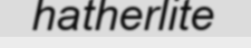
hatherlite